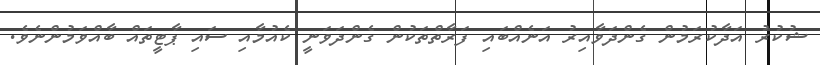
ޝުކުރު އަދާކުރަމުން ގެންދަވާއިރު އަނެއްބައި ފަރާތްތަކުން ގެންދަވަނީ ކެއުމާއި ސައި ޕާޓީތައް ބާއްވަމުންނެވެ.